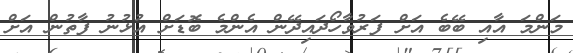
މަންމަ އާއި ބޭބެ އަށް ފަރުވާހޯދައިދޭން އެންމެ ބޮޑަށް އުޅުނު ފާތުން އަށް